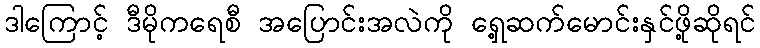
ဒါကြောင့် ဒီမိုကရေစီ အပြောင်းအလဲကို ရှေ့ဆက်မောင်းနှင်ဖို့ဆိုရင်